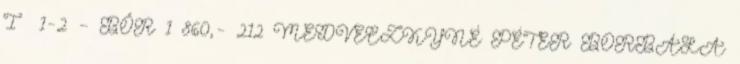
I 1-2 – BŐR 1 860,- 212 MEDVECZKYNÉ PÉTER BORBÁLA